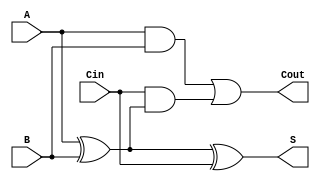
module LowPowerFullAdder (
    input wire A,     // First input bit
    input wire B,     // Second input bit
    input wire Cin,   // Carry input bit
    output wire S,    // Sum output
    output wire Cout   // Carry output
);

// Internal signals
wire AxorB;        // Intermediate signal for A XOR B
wire AandB;        // Intermediate signal for A AND B
wire CinAndAxorB;  // Intermediate signal for Cin AND (A XOR B)

// Logic implementation
assign AxorB = A ^ B;                // A XOR B
assign S = AxorB ^ Cin;              // Sum output: S = (A XOR B) XOR Cin
assign AandB = A & B;                // A AND B
assign CinAndAxorB = Cin & AxorB;    // Cin AND (A XOR B)
assign Cout = AandB | CinAndAxorB;   // Carry output: Cout = (A AND B) OR (Cin AND (A XOR B))

endmodule